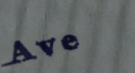
Ave